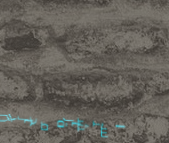
استشارة مجانية لتركيب وتش